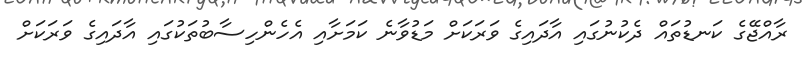
ރާއްޖޭގެ ކަނޑުތައް ދެކުނުގައި އާދައިގެ ވަރަކަށް މަޑުވާނެ ކަމަށާއި އެހެންހިސާބުތަކުގައި އާދައިގެ ވަރަކަށް